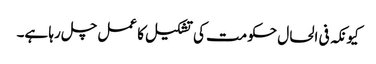
کیونکہ فی الحال حکومت کی تشکیل کا عمل چل رہا ہے۔